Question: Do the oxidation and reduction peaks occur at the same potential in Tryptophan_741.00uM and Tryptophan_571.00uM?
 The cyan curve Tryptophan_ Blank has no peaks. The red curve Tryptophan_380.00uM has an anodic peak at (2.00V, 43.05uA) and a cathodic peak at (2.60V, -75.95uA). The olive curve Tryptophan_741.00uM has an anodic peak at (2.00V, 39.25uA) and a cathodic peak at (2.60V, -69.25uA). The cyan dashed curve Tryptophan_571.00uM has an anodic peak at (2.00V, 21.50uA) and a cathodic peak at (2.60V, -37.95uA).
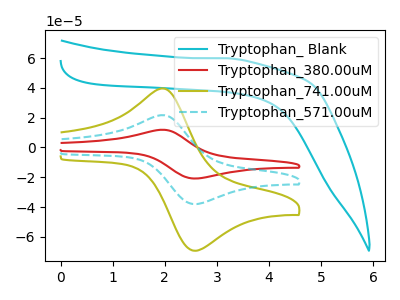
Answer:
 <answer>Yes, "Tryptophan_741.00uM" have a peak in "Tryptophan_571.00uM" at the same potential.</answer>
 <eval>match</eval>